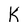
Character: K